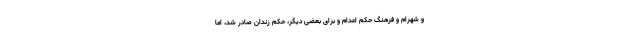
و شهرام و فرهنگ حکم اعدام و برای بعضی دیگر، حکم زندان صادر شد، اما